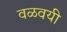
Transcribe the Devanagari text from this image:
वळवयी